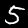
Digit: 5